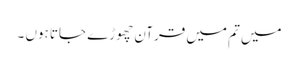
میں تم میں قرآن چھوڑے جاتا ہوں ۔